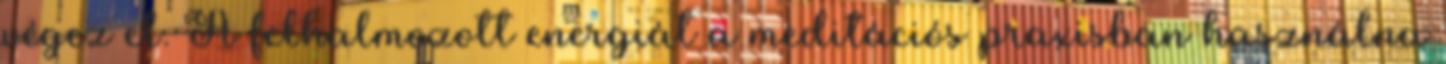
végez el. A felhalmozott energiát a meditációs praxisban használna